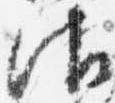
御